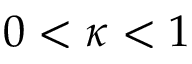
0 < \kappa < 1